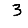
Digit: 3